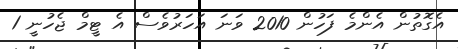
އެގޮތުން އެންމެ ފަހުން 2010 ވަނަ އަހަރުވެސް އެ ޓީމް ޖެހުނީ 1